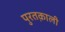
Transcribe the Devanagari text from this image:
पुरतक़ाली